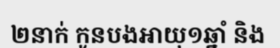
២នាក់ កូនបងអាយុ១ឆ្នាំ និង